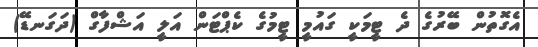
އެގޮތުން ބޭރުގެ ދެ ޓީމަކީ ގައުމީ ޓީމުގެ ކެޕްޓަން އަލީ އަޝްފާގް (ދަގަނޑޭ)